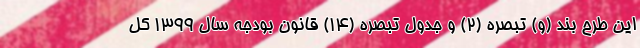
این طرح بند (و) تبصره (۲) و جدول تبصره (۱۴) قانون بودجه سال ۱۳۹۹ کل